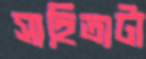
সাহিত্যটা